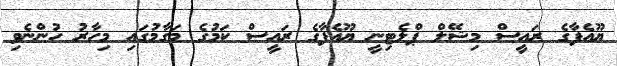
ޔޫއެފާގެ ރައީސް މިޝޭލް ޕްލެޓިނީ ޔޫއެފާގެ ރައީސް ކަމުގެ މަގާމުގައި މިހާރު ހުންނެވި